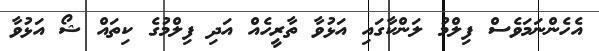
އެހެންނަމަވެސް ފިލްމު ލަންކާގައި އަޅުވާ ތާރީހެއް އަދި ފިލްމުގެ ކިތައް ޝޯ އަޅުވާ